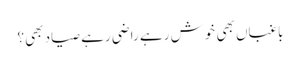
باغباں بھی خوش رہے راضی رہے صیاد بھی؟